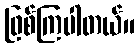
ဖြစ်ကြပါတယ်။